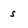
Character: s